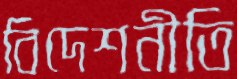
বিদেশনীতি